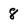
Character: 8